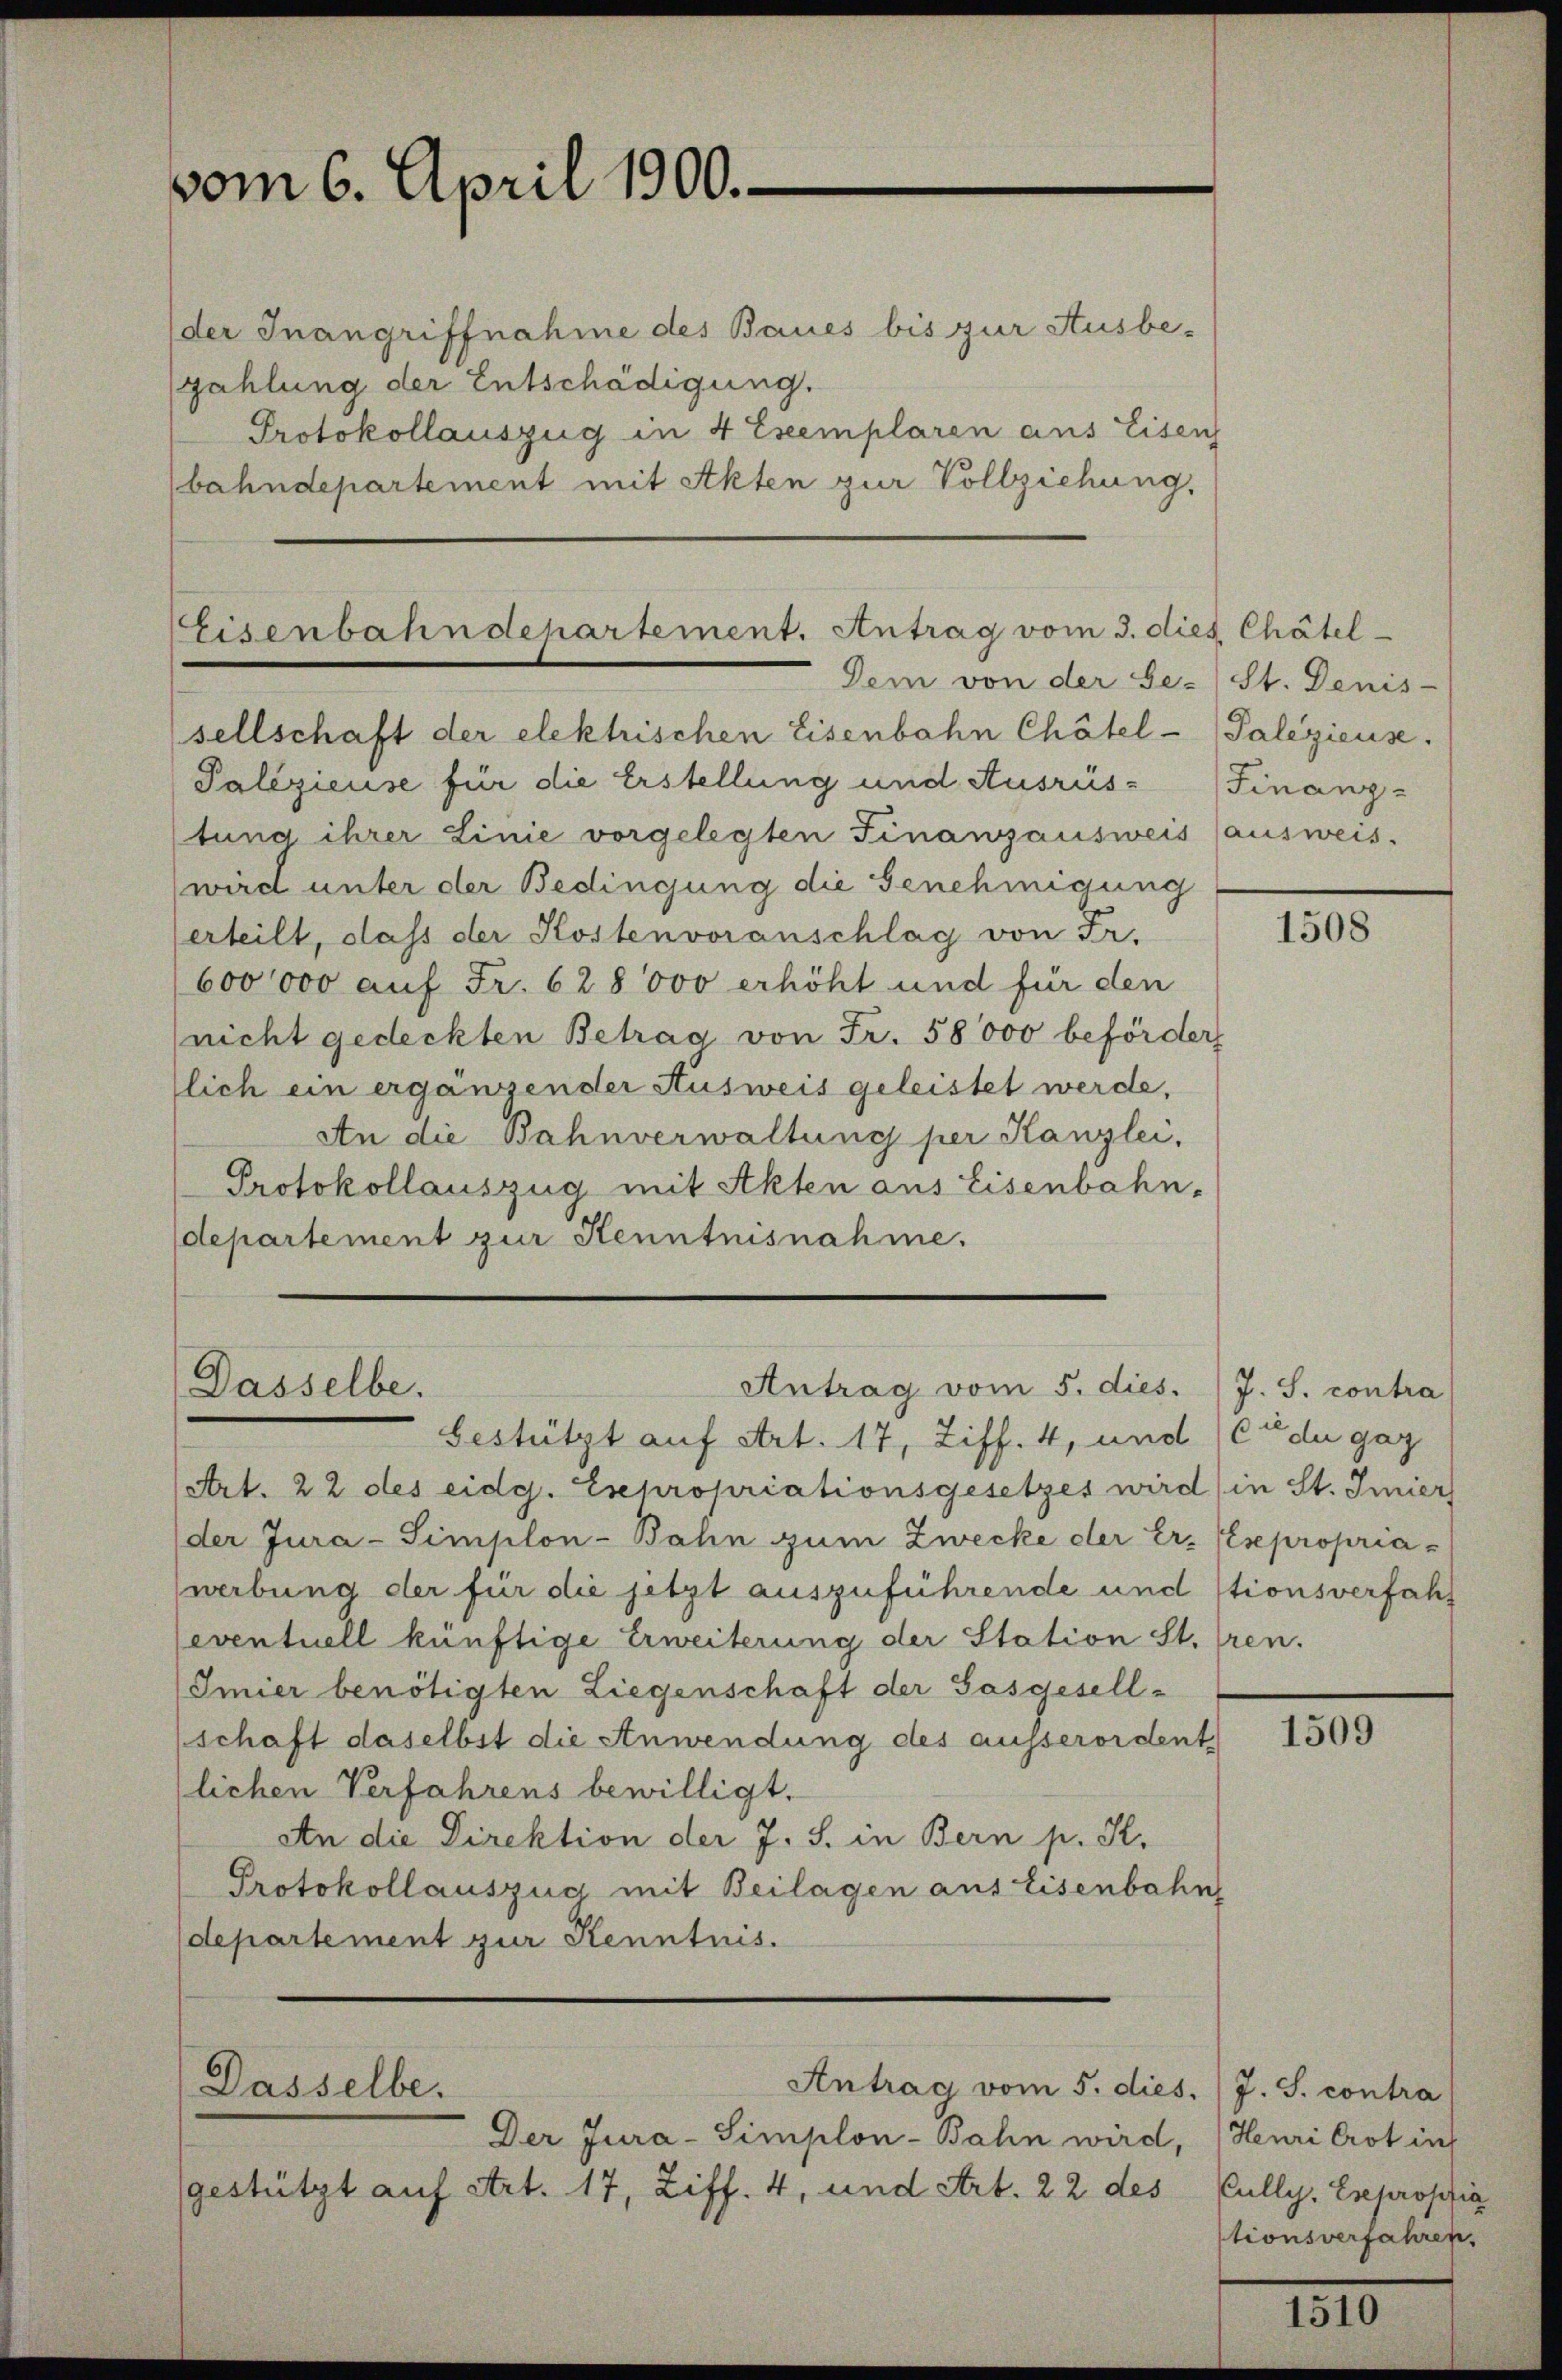
vom 6. April 1900.

der Inangriffnahme des Baues bis zur Ausbe-
zahlung der Entschädigung.
Protokollauszug in 4 Eseemplaren aus Eisen
bahndepartement mit Akten zur Vollziehung,
sellschaft der elektrischen Eisenbahn Chätel- Palezieuse.
Palégieuse für die Erstellung und Ausrüs-Finanz-
tung ihrer Linie vorgelegten Finanzausweis (ausweis-
wird unter der Bedingung die Genehmigung
erteilt, dass der Kostenvoranschlag von Fr.
600,000 auf Fr. 628 000 erhöht und für den
(nicht gedeckten Betrag von Fr. 58000 beförder
lich ein ergänzender Ausweis geleistet werde,
An die Bahnverwaltung per Kanzlei,
Protokollauszug mit Akten aus Eisenbahn-
departement zur Kenntnisnahme.

Eisenbahndepartement. Antrag vom 3. dies Chätel-
Dem von der Ge- (St. Denis

Antrag vom 5. dies.
Dasselbe.

Antrag vom 5. dies. J. S. contra
Dasselbe.

bestützt auf Art. 17, Ziff. 4, und (Cu du gaz
Art. 22 des eidg. Esepropriationsgesetzes wird in St. Imier
der Jura-Simplon-Bahn zum Zwecke der Er- Expropriawerbung der für die jetzt auszuführende und stionsverfahr
eventuell künftige Erweiterung der Station St. Gren.
Imier benötigten Liegenschaft der Gasgesellschaft daselbst die Anwendung des ausserordent
lichen Verfahrens bewilligt.
An die Direktion der J. S. in Bern p. K.
Protokollauszug mit Beilagen aus Eisenbahn
departement zur Kenntnis.

Der Jura-Simplon-Bahn wird, Henri Crot in
gestützt auf Art. 17, Ziff. 4, und Art. 22 des

1508

J. S. contra

1509

Cully, Expropria
tionsverfahren,

1810